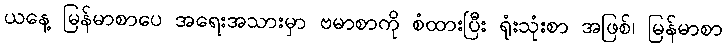
ယနေ့ မြန်မာစာပေ အရေးအသားမှာ ဗမာစာကို စံထားပြီး ရုံးသုံးစာ အဖြစ်၊ မြန်မာစာ